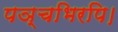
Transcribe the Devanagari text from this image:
पञ्चभिरपि।